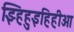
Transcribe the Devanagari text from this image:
झ्हिहुइहिहीओ